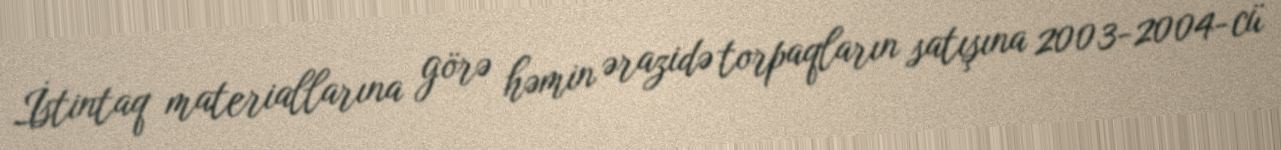
İstintaq materiallarına görə həmin ərazidə torpaqların satışına 2003-2004-cü